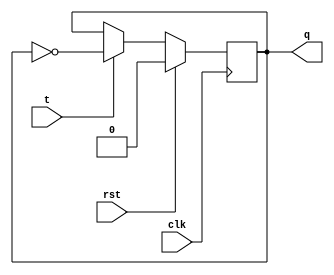
`timescale 1ns / 1ps
//////////////////////////////////////////////////////////////////////////////////
// Company: 
// Engineer: 
// 
// Design Name: 
// Module Name: t_ff
// Project Name: 
// Target Devices: 
// Tool Versions: 
// Description: 
// 
// Dependencies: 
// 
// Revision:
// Revision 0.01 - File Created
// Additional Comments:
// 
//////////////////////////////////////////////////////////////////////////////////


module t_ff(q,t,rst,clk);

  input t,clk,rst;
  output reg q;


always @ (posedge clk)
begin
if(rst==1'b1)

q <= 1'b0;

else
begin

if(t==1'b1)
q <= ~q;
else
q <= q;


end
end
endmodule